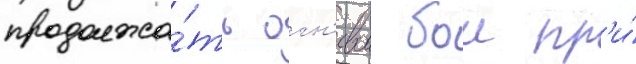
продолжа́ть огн'евои бои пр'и́